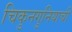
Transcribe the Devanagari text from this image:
चिकुनगुनियाची